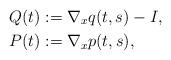
LaTeX: \begin{align*}Q(t)&:=\nabla_x q(t,s)-I, \\P(t)&:=\nabla_x p(t,s),\end{align*}